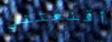
أقنعتني